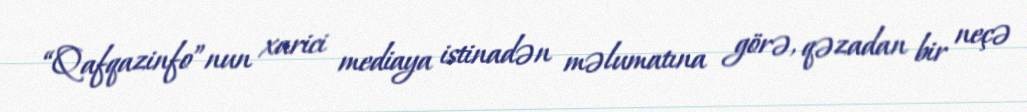
“Qafqazinfo”nun xarici mediaya istinadən məlumatına görə, qəzadan bir neçə